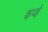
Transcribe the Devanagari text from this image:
कप्ङे